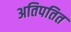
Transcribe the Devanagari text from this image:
अतिपतित